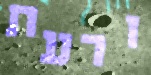
ורעת